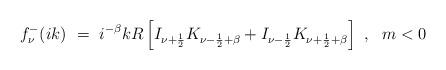
LaTeX: \begin{align*}f_{\nu}^-(ik)\ =\ i^{-\beta} kR \left[I_{\nu+\frac 12} K_{\nu-\frac 12 +\beta}+I_{\nu-\frac 12}K_{\nu+\frac 12 + \beta}\right]\ ,\ \ m<0\end{align*}